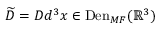
\widetilde { D } = D d ^ { 3 } x \in \mathrm { D e n } _ { M F } ( \mathbb { R } ^ { 3 } )